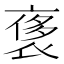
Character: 𧚤